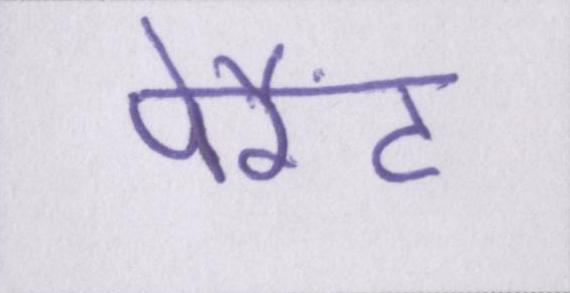
पेरैंट